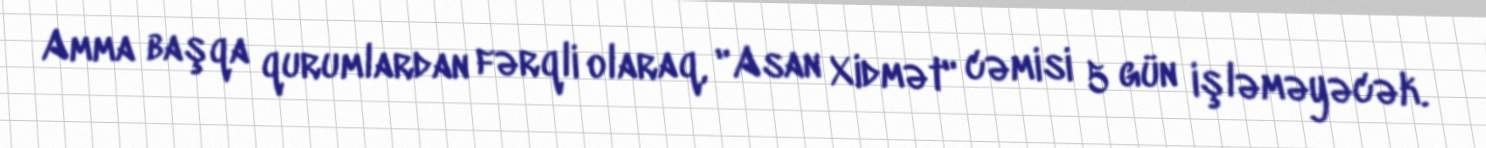
Amma başqa qurumlardan fərqli olaraq, "Asan Xidmət" cəmisi 5 gün işləməyəcək.